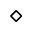
\diamond